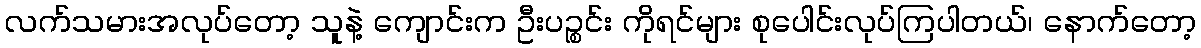
လက်သမားအလုပ်တော့ သူနဲ့ ကျောင်းက ဦးပဉ္စင်း ကိုရင်များ စုပေါင်းလုပ်ကြပါတယ်၊ နောက်တော့